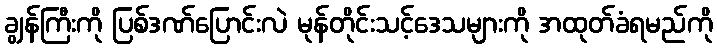
ချွန်ကြီးကို ပြစ်ဒဏ်ပြောင်းလဲ မုန်တိုင်းသင့်ဒေသများကို အထုတ်ခံရမည်ကို